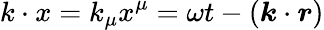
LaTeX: k\cdot x=k_{\mu}x^{\mu}=\omega t-(\boldsymbol{k}\cdot\boldsymbol{r})